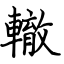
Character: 轍